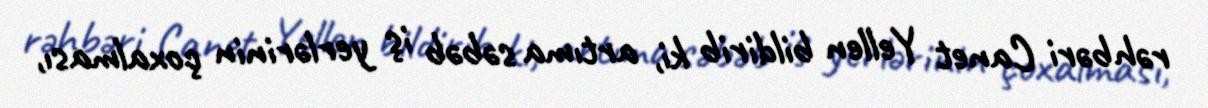
rəhbəri Canet Yellen bildirib ki, artıma səbəb iş yerlərinin çoxalması,